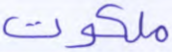
ملكوت